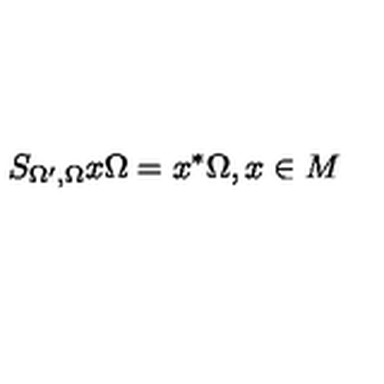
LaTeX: S _ { \Omega ^ { \prime } , \Omega } x \Omega = x ^ { * } \Omega , x \in M